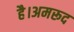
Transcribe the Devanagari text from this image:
है।अमरूद